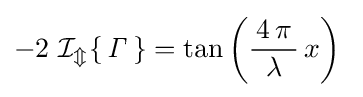
-2\,\operatorname {\mathcal {I_{m}}} \{\,{\mathit {\Gamma }}\,\}=\tan \left({\frac {\,4\,\pi \,}{\lambda }}\,x\right)~